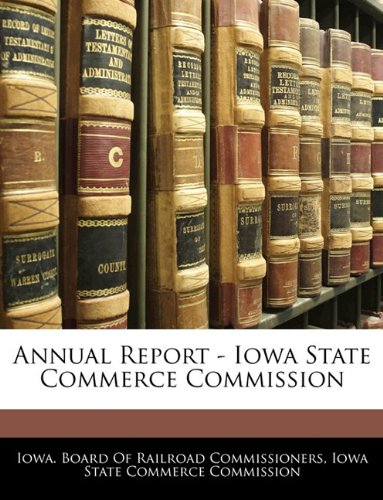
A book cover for Annual Report - Iowa State Commerce Commission; Law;